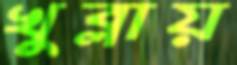
খুব্‌লায়